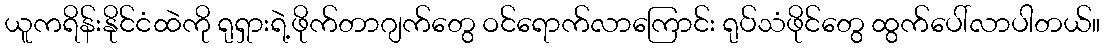
ယူကရိန်းနိုင်ငံထဲကို ရုရှားရဲ့ဖိုက်တာဂျက်တွေ ဝင်ရောက်လာကြောင်း ရုပ်သံဖိုင်တွေ ထွက်ပေါ်လာပါတယ်။